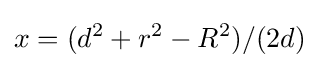
x=(d^{2}+r^{2}-R^{2})/(2d)